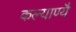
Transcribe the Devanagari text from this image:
कल्याण्यै